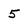
Character: 5